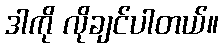
ဒါကို လိုချင်ပါတယ်။